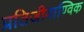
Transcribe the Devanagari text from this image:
प्रतिजीवाण्विक